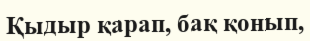
Қыдыр қарап, бақ қонып,